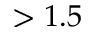
> 1 . 5